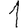
Digit: 1